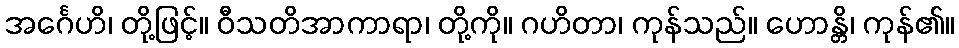
အင်္ဂေဟိ၊ တို့ဖြင့်။ ဝီသတိအာကာရာ၊ တို့ကို။ ဂဟိတာ၊ ကုန်သည်။ ဟောန္တိ၊ ကုန်၏။